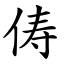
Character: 俦